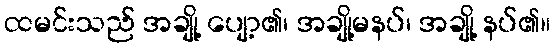
ထမင်းသည် အချို့ ပျော့၏၊ အချို့မနပ်၊ အချို့ နပ်၏။